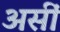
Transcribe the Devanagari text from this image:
असीं